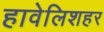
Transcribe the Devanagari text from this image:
हावेलिशहर